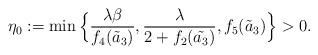
LaTeX: \begin{align*}\eta_0:=\min\Big\{\frac{\lambda\beta}{f_4(\tilde{a}_3)},\frac{\lambda}{2+f_2(\tilde{a_3})},f_5(\tilde{a}_3)\Big\}>0.\end{align*}